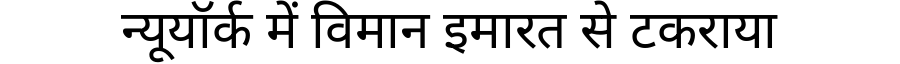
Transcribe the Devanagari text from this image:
न्यूयॉर्क में विमान इमारत से टकराया